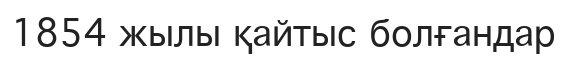
1854 жылы қайтыс болғандар